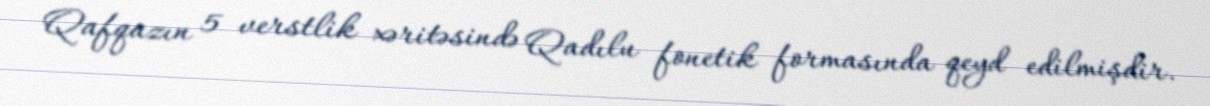
Qafqazın 5 verstlik xəritəsində Qadılu fonetik formasında qeyd edilmişdir.